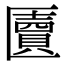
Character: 匵